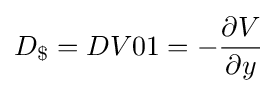
D_{\$}=DV01=-{\frac {\partial V}{\partial y}}